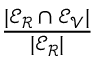
\frac { | \mathcal { E _ { R } } \cap \mathcal { E _ { V } } | } { | \mathcal { E _ { R } } | }